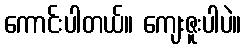
ကောင်းပါတယ်။ ကျေးဇူးပါပဲ။